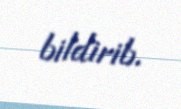
bildirib.